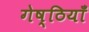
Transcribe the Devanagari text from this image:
गेष्ठियाँ